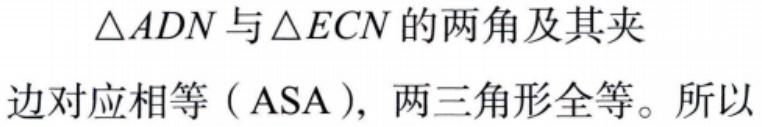
$\triangle ADN$与$\triangle ECN$的两角及其夹
边对应相等（$\text{ASA}$），两三角形全等。所以